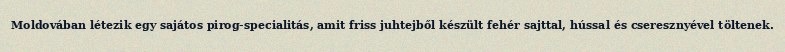
Moldovában létezik egy sajátos pirog-specialitás, amit friss juhtejből készült fehér sajttal, hússal és cseresznyével töltenek.